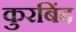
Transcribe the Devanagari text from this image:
कुरबिंद